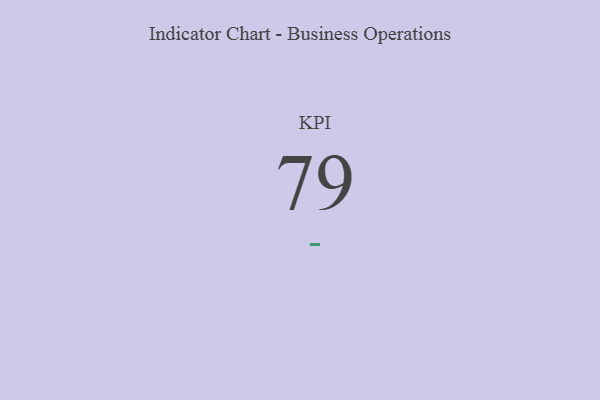
{"axis": {"x": "KPI", "y": "Value"}, "legend": [""], "data": [{"x": "KPI", "y": 79, "type": ""}]}